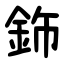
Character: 鉓